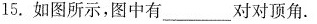
15.如图所示，图中有_____对对顶角。